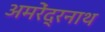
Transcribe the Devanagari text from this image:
अमरेंद्रनाथ